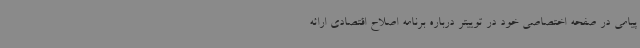
پیامی در صفحه اختصاصی خود در توییتر درباره برنامه اصلاح اقتصادی ارائه